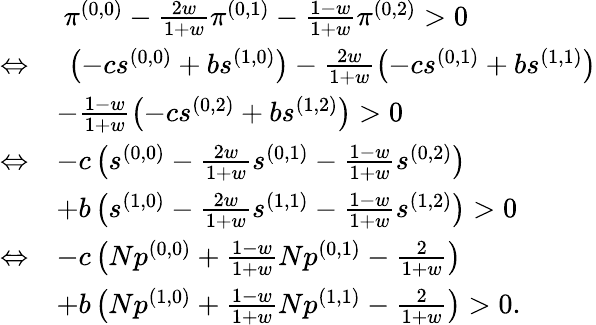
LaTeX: \begin{array}{rl}&{~\pi^{(0,0)}-\frac{2w}{1+w}\pi^{(0,1)}-\frac{1-w}{1+w}\pi^{(0,2)}>0}\\ {\Leftrightarrow}&{~\left(-cs^{(0,0)}+bs^{(1,0)}\right)-\frac{2w}{1+w}\left(-cs^{(0,1)}+bs^{(1,1)}\right)}\\ &{-\frac{1-w}{1+w}\left(-cs^{(0,2)}+bs^{(1,2)}\right)>0}\\ {\Leftrightarrow}&{-c\left(s^{(0,0)}-\frac{2w}{1+w}s^{(0,1)}-\frac{1-w}{1+w}s^{(0,2)}\right)}\\ &{+b\left(s^{(1,0)}-\frac{2w}{1+w}s^{(1,1)}-\frac{1-w}{1+w}s^{(1,2)}\right)>0}\\ {\Leftrightarrow}&{-c\left(Np^{(0,0)}+\frac{1-w}{1+w}Np^{(0,1)}-\frac{2}{1+w}\right)}\\ &{+b\left(Np^{(1,0)}+\frac{1-w}{1+w}Np^{(1,1)}-\frac{2}{1+w}\right)>0.}\end{array}